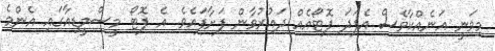
މިވަނީ އަނެއްކާވެސް އެފަދަ ފޮޓޯއެއް ދައުރުވާން ފަށާފައެވެ. އެ ފޮޓޯ މީސްމީޑިއާގައި އެންމެ